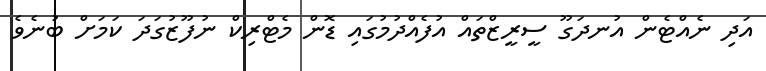
އަދި ނެއްޓެން އުނދަގޫ ސީރީޒްތައް އުފެއްދުމުގައި ޑޮން މެޓްރިކް ނުފޫޒުގަދަ ކަމަށް ބުނެވެ